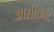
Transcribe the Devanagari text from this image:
आसीद्येनेदं